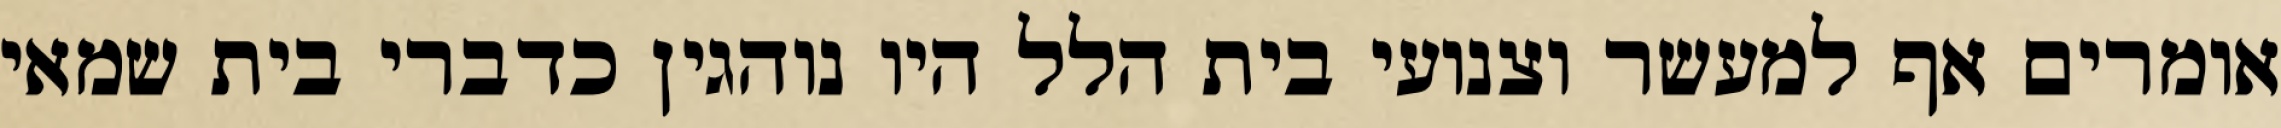
אומרים אף למעשר וצנועי בית הלל היו נוהגין כדברי בית שמאי